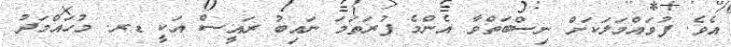
އެވެ. ފުވައްމަލަކަށް ނިސްބަތްވާ އެންމެ ފުރަތަމަ ނައިބު ރައީސް އަކީ ޑރ. މުހައްމަދު